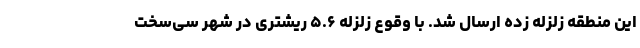
این منطقه زلزله زده ارسال شد. با وقوع زلزله ۵.۶ ریشتری در شهر سی‌سخت